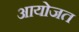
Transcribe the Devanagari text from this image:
आयोजत